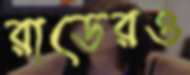
রাডেরও